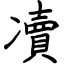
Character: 凟